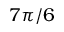
7 \pi / 6